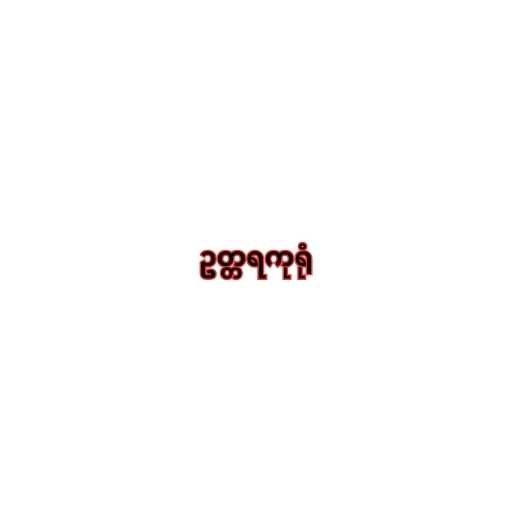
ဥတ္တရကုရုံ